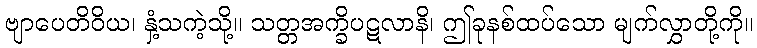
ဗျာပေတိဝိယ၊ နှံ့သကဲ့သို့။ သတ္တအက္ခိပဋလာနိ၊ ဤခုနစ်ထပ်သော မျက်လွှာတို့ကို။